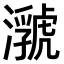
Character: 𤂆